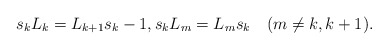
\begin{align*}s_kL_k=L_{k+1}s_k-1,s_kL_m=L_ms_k\quad(m\neq k,k+1).\end{align*}